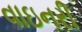
વાઇનરી